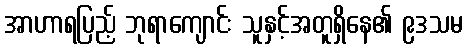
အာဟာရပြည့် ဘုရာကျောင်း သူနှင့်အတူရှိနေ၏ ၉ဒသမ